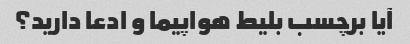
آیا برچسب بلیط هواپیما و ادعا دارید؟